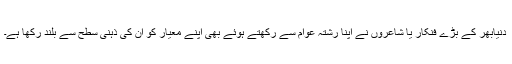
دنیابھر کے بڑے فنکار یا شاعروں نے اپنا رشتہ عوام سے رکھتے ہوئے بھی اپنے معیار کو اُن کی ذہنی سطح سے بلند رکھا ہے۔